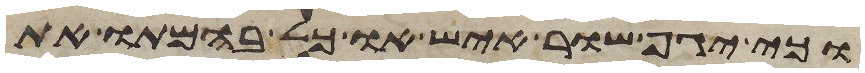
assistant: וכי יגף שור איש או כל בהמתו את